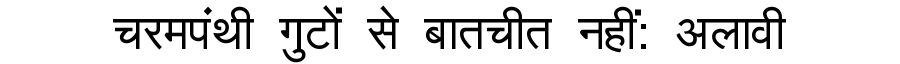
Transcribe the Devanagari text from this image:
चरमपंथी गुटों से बातचीत नहीं: अलावी